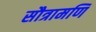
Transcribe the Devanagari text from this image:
सौत्रामणि